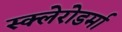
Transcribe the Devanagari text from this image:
स्क्‍लेरोडर्मा